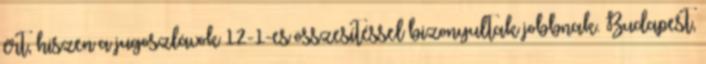
ért, hiszen a jugoszlávok 12-1-es összesítéssel bizonyultak jobbnak. Budapest,